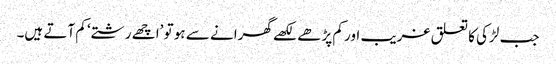
جب لڑکی کا تعلق غریب اور کم پڑھے لکھے گھرانے سے ہو تو ’اچھے رشتے‘ کم آتے ہیں۔